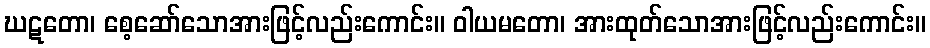
ဃဋတော၊ စေ့ဆော်သောအားဖြင့်လည်းကောင်း။ ဝါယမတော၊ အားထုတ်သောအားဖြင့်လည်းကောင်း။